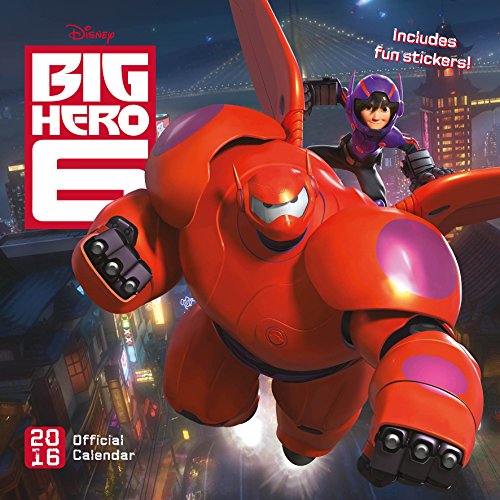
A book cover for The Official Big Hero Six 2016 Square Calendar; Calendars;